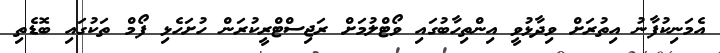
އެމަނިކުފާނު އިތުރަށް ވިދާޅުވީ އިންތިހާބުގައި ވޯޓްލުމަށް ރަޖިސްޓްރީކުރަން ހުށަހެޅި ފޯމް ތަކުގައި ބޮޑެތި